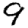
Digit: 9